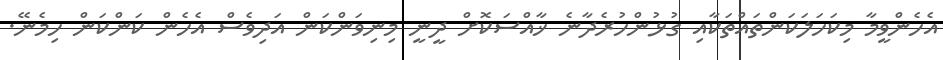
އެހެންވީމާ މިކަހަލަކަންތައްތަކާއި ގުޅުންހުރެދާނެ ޚާއްސަކޮށް ދީނީ މިނިވަންކަން އަދިވެސް އެހެން ކަންކަން ހިމެނޭ.